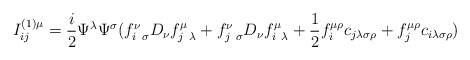
\begin{align*}I^{(1)\mu}_{ij} = {i\over 2}\Psi^\lambda \Psi^\sigma (f^\nu_{i~\sigma}D_\nu f^\mu_{j~\lambda} + f^\nu_{j~\sigma} D_\nu f^\mu_{i~\lambda}+ {1\over 2} f^{\mu\rho}_i c_{j\lambda\sigma\rho} + f^{\mu\rho}_j c_{i\lambda\sigma\rho} )\end{align*}